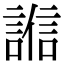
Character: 𧪄